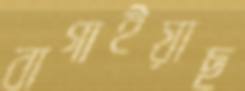
বাগাইয়াছ